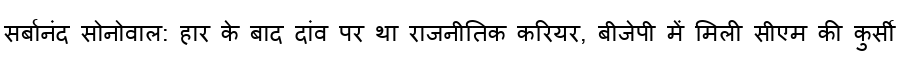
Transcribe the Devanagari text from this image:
सर्बानंद सोनोवाल: हार के बाद दांव पर था राजनीतिक करियर, बीजेपी में मिली सीएम की कुर्सी